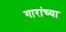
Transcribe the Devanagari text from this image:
गारांच्या